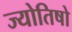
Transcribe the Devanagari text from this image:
ज्योतिषो